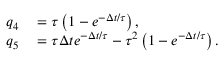
\begin{array} { r l } { q _ { 4 } } & { { } = \tau \left( 1 - e ^ { - \Delta t / \tau } \right) , } \\ { q _ { 5 } } & { { } = \tau \Delta t e ^ { - \Delta t / \tau } - \tau ^ { 2 } \left( 1 - e ^ { - \Delta t / \tau } \right) . } \end{array}